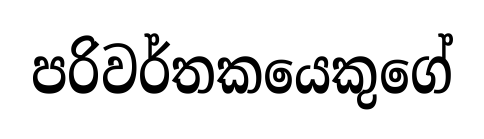
පරිවර්තකයෙකුගේ